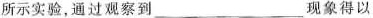
所示实验，通过观察到___现象得以